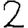
Digit: 2